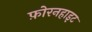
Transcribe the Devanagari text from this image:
फ़ोरनहाइट